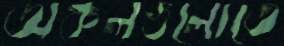
অঞ্চলগুলোতে